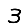
Digit: 3